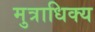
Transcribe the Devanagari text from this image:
मुत्राधिक्य